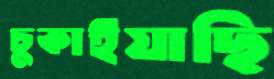
চুকাইয়াছি